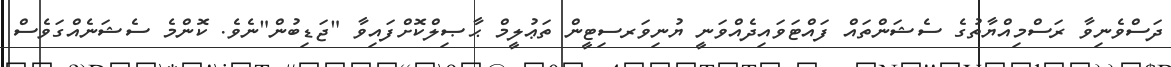
ދަސްވެނިވާ ރަސްމިއްޔާތުގެ ސެޝަންތައް ފައްޓަވައިދެއްވަނީ ޔުނިވަރސިޓީން ތަޢުލީމް ޙާޞިލްކޮށްފައިވާ "ޖަޑިބުން"ނެވެ. ކޮންމެ ސެޝަނެއްގަވެސް